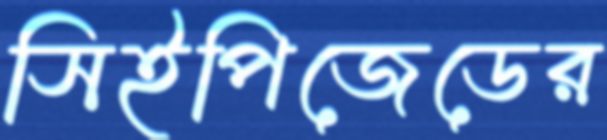
সিইপিজেডের